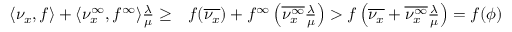
\begin{array} { r l } { \langle \nu _ { x } , f \rangle + \langle \nu _ { x } ^ { \infty } , f ^ { \infty } \rangle \frac { \lambda } { \mu } \geq } & { f ( \overline { { \nu _ { x } } } ) + f ^ { \infty } \left( \overline { { \nu _ { x } ^ { \infty } } } \frac { \lambda } { \mu } \right) > f \left( \overline { { \nu _ { x } } } + \overline { { \nu _ { x } ^ { \infty } } } \frac { \lambda } { \mu } \right) = f ( \phi ) } \end{array}